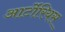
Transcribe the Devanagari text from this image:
आर्टोरियस